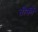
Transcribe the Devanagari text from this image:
तोर्की